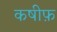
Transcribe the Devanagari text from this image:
कषीफ़